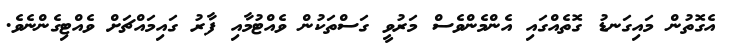
އެގޮތުން މައިގަނޑު ގޮތެއްގައި އެންމެންވެސް މަރުވީ ގަސްތަކުން ވެއްޓުމާއި ފާރު ގައިމައްޗަށް ވެއްޓިގެންނެވެ.